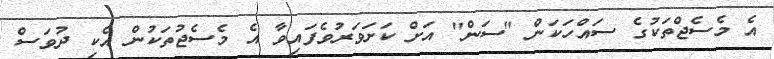
އެ މެސެޖްތަކުގެ ސައްހަކަން "ސަން" އަށް ކަށަވަރުވެފައިވާ އެ މެސެޖުތަކުން އެކި ދުވަސް